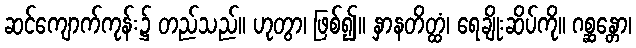
ဆင်ကျောက်ကုန်း၌ တည်သည်။ ဟုတွာ၊ ဖြစ်၍။ နှာနတိတ္ထံ၊ ရေချိုးဆိပ်ကို။ ဂစ္ဆန္တော၊